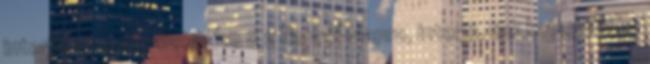
interjú, verseny Beküldve a z Napról-napra, interjú, link kategóriába